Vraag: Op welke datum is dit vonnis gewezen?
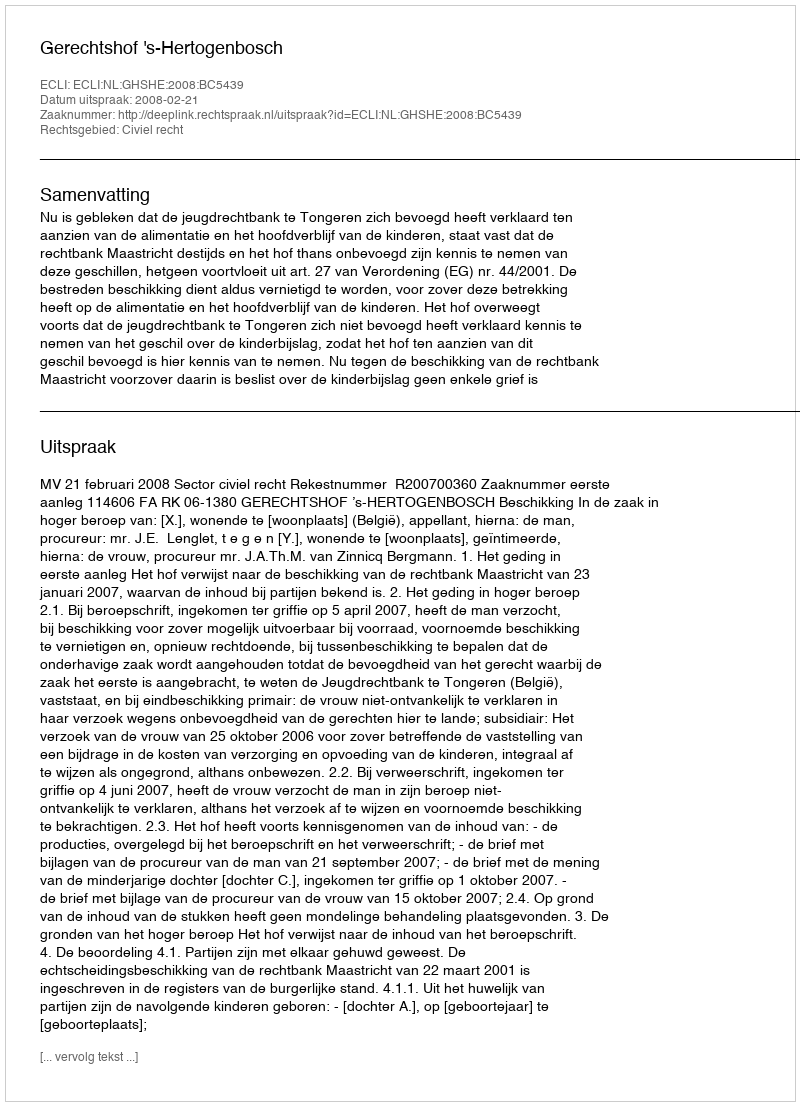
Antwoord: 2008-02-21